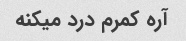
آره کمرم درد میکنه